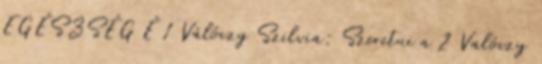
EGÉSZSÉG É 1 Válóczy Szilvia: Szeretni a 2 Valóczy